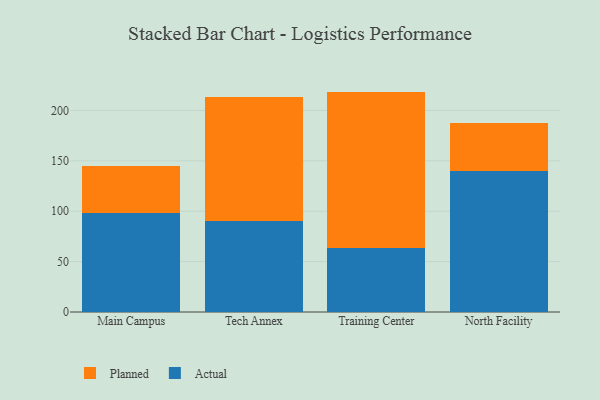
{"axis": {"x": "Campus", "y": "Shipments"}, "legend": ["Actual", "Planned"], "data": [{"x": "Main Campus", "y": 98.6, "type": "Actual"}, {"x": "Main Campus", "y": 45.9, "type": "Planned"}, {"x": "Tech Annex", "y": 90.1, "type": "Actual"}, {"x": "Tech Annex", "y": 122.8, "type": "Planned"}, {"x": "Training Center", "y": 63.3, "type": "Actual"}, {"x": "Training Center", "y": 155.4, "type": "Planned"}, {"x": "North Facility", "y": 139.9, "type": "Actual"}, {"x": "North Facility", "y": 47.3, "type": "Planned"}]}